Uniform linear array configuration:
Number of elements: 8
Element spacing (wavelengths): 0.75
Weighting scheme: uniform
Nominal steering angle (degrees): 0
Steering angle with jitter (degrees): -1.99
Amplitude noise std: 0.05
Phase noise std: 0.05

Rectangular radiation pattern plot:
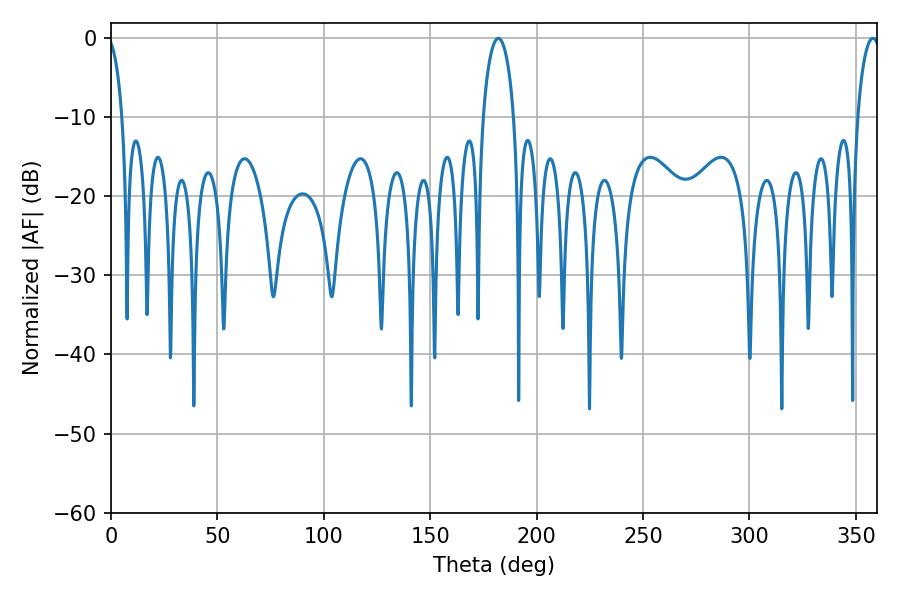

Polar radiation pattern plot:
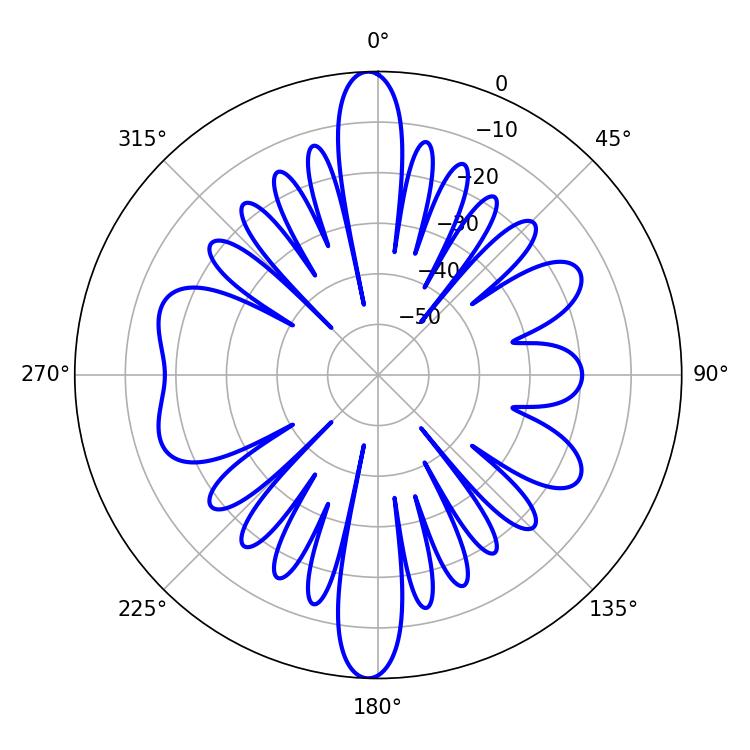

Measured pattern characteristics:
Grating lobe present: TRUE
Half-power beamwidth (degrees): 8.28
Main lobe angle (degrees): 181.98